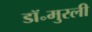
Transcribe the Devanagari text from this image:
डॉ॰मुरली